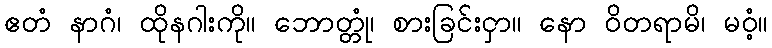
ဧတံ နာဂံ၊ ထိုနဂါးကို။ ဘောတ္တုံ၊ စားခြင်းငှာ။ နော ဝိတရာမိ၊ မဝံ့။